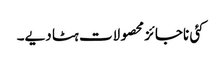
کئی ناجائز محصولات ہٹا دیے۔